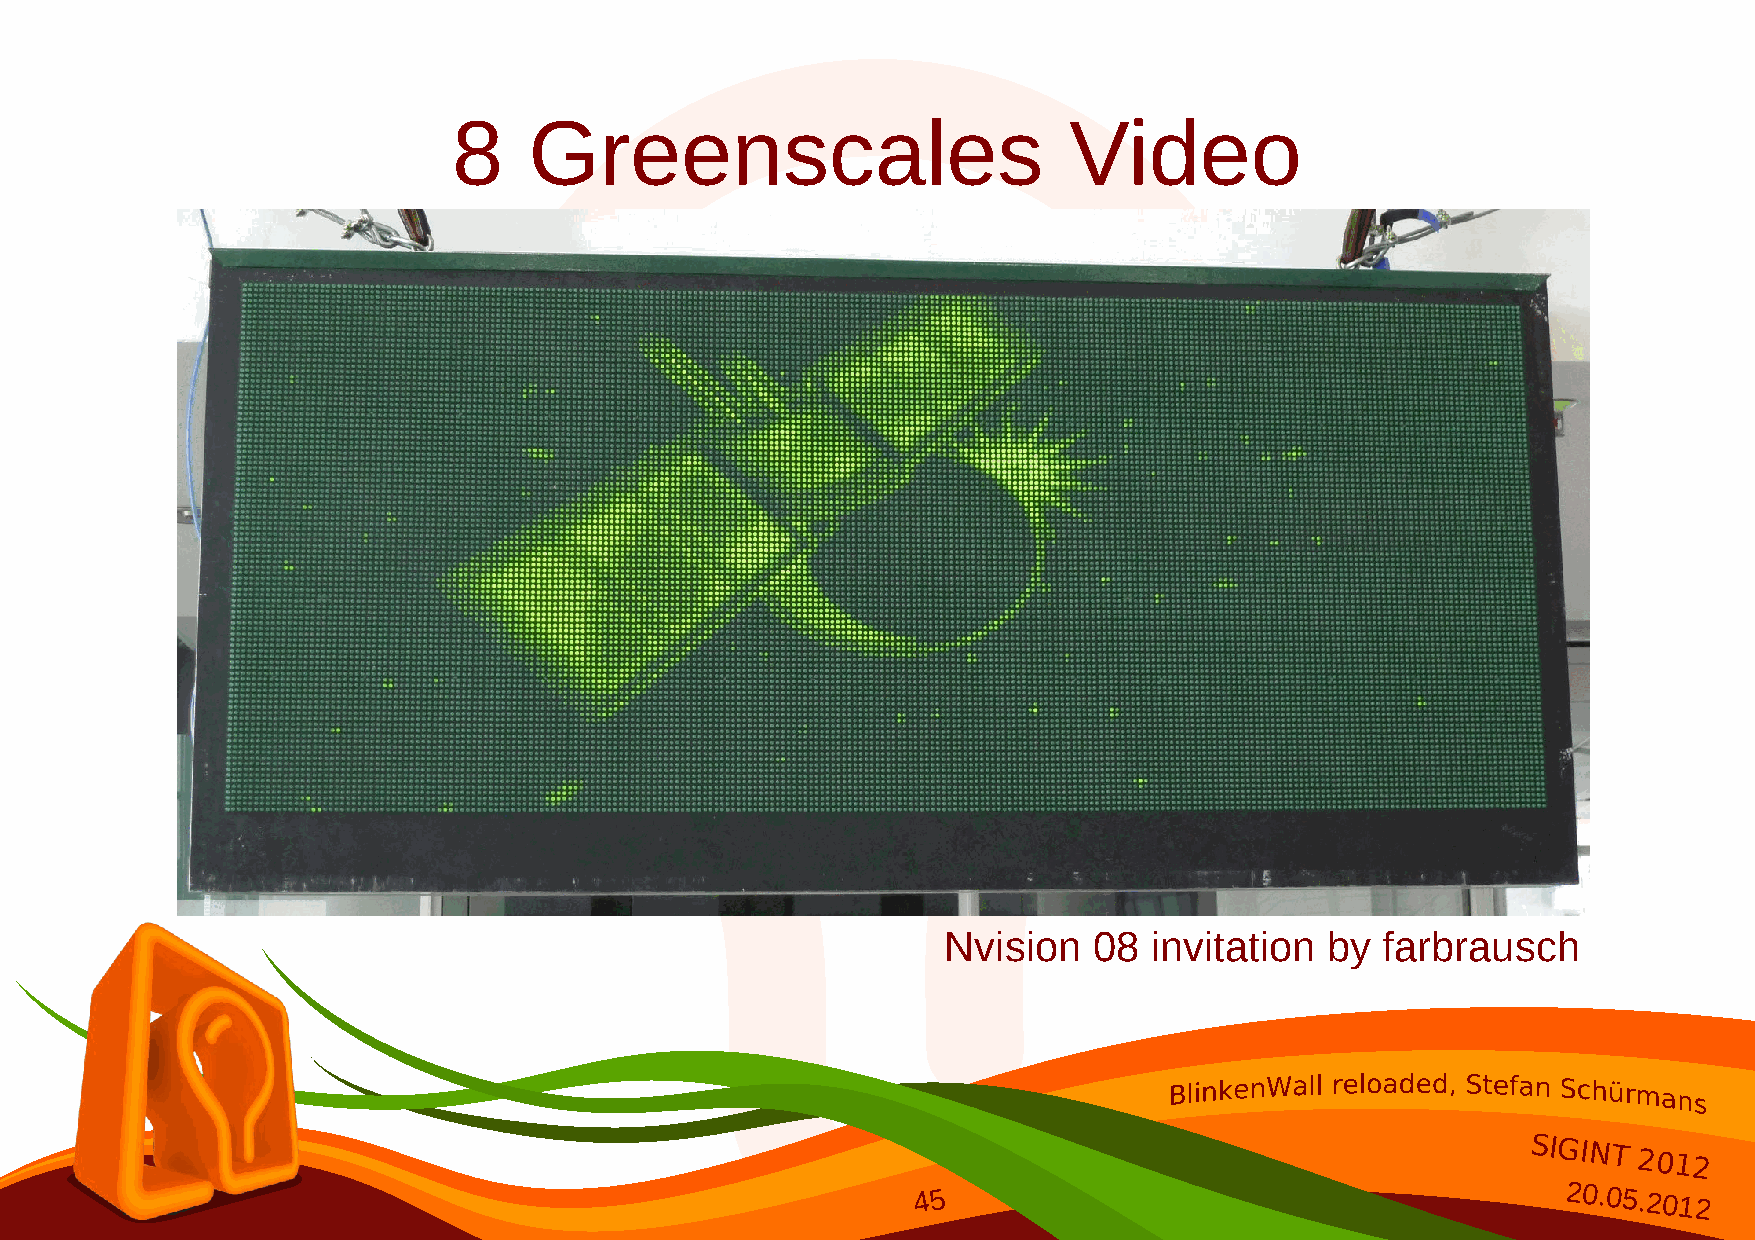
8    Greenscales                         Video
 Nvision   08  invitation  by farbrausch
 SIGINT
 2012
 45                                        20.05.2012